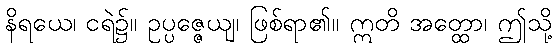
နိရယေ၊ ငရဲ၌။ ဥပ္ပဇ္ဇေယျ၊ ဖြစ်ရာ၏။ ဣတိ အတ္ထော၊ ဤသို့